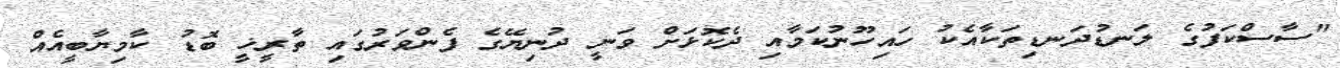
"ސާސްކަފުގެ ލަނޑުދަނޑިތަކާއެކު ހައިހޫނުކަމާއި ދެކޮޅަށް ވަނީ ދުނިޔޭގެ ފެންވަރުގައި ތާރީޚީ ބޮޑު ކާމިޔާބީއެއް